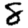
Digit: 8